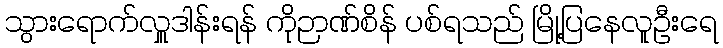
သွားရောက်လှူဒါန်းရန် ကိုဉာဏ်စိန် ပစ်ရသည် မြို့ပြနေလူဦးရေ